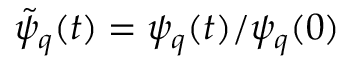
\tilde { \psi } _ { q } ( t ) = \psi _ { q } ( t ) / \psi _ { q } ( 0 )